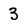
Character: 3